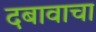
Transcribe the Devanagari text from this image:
दबावाचा